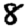
Digit: 8